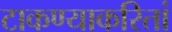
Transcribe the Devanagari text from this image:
टाकण्याकरितां